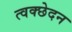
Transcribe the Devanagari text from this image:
त्वक्छेदन